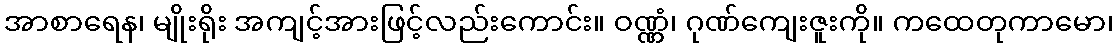
အာစာရေန၊ မျိုးရိုး အကျင့်အားဖြင့်လည်းကောင်း။ ဝဏ္ဏံ၊ ဂုဏ်ကျေးဇူးကို။ ကထေတုကာမော၊